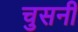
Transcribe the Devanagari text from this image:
चुसनी